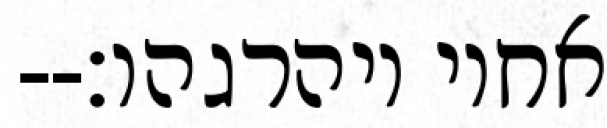
אחיו ויהרגהו׃--